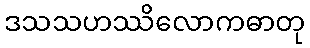
ဒသသဟဿိလောကဓာတု